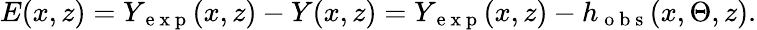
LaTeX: \begin{array}{r}{E(x,z)=Y_{\mathrm{~e~x~p~}}(x,z)-Y(x,z)=Y_{\mathrm{~e~x~p~}}(x,z)-h_{\mathrm{~o~b~s~}}(x,\Theta,z).}\end{array}